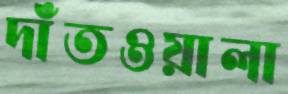
দাঁতওয়ালা